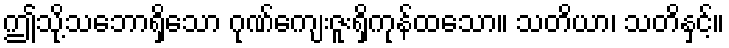
ဤသို့သဘောရှိသော ဂုဏ်ကျေးဇူးရှိကုန်ထသော။ သတိယာ၊ သတိနှင့်။